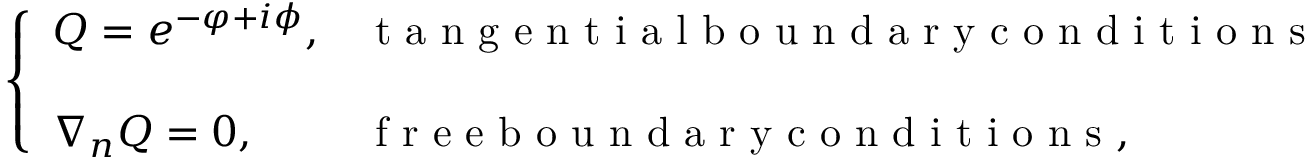
\left\{ \begin{array} { l l } { Q = e ^ { - \varphi + i \phi } , } & { \mathrm { ~ t ~ a ~ n ~ g ~ e ~ n ~ t ~ i ~ a ~ l ~ b ~ o ~ u ~ n ~ d ~ a ~ r ~ y ~ c ~ o ~ n ~ d ~ i ~ t ~ i ~ o ~ n ~ s ~ } } \\ { ~ } \\ { \nabla _ { n } Q = 0 , } & { \mathrm { ~ f ~ r ~ e ~ e ~ b ~ o ~ u ~ n ~ d ~ a ~ r ~ y ~ c ~ o ~ n ~ d ~ i ~ t ~ i ~ o ~ n ~ s ~ } , } \end{array} \right.